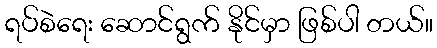
ရပ်စဲရေး ဆောင်ရွက် နိုင်မှာ ဖြစ်ပါ တယ်။